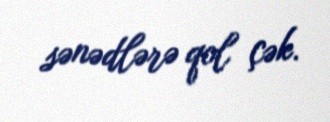
sənədlərə qol çək.